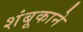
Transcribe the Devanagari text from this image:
शंबूकाने